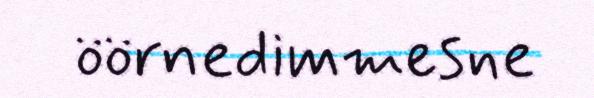
öörnedimmesne